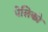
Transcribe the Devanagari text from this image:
पेलिको